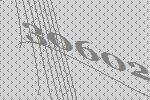
30602